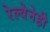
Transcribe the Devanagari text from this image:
रेल्वेनेही